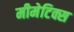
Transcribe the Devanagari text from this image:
मीमेटिक्स